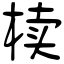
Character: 椟